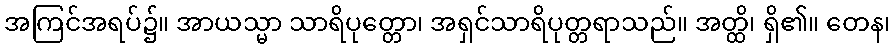
အကြင်အရပ်၌။ အာယသ္မာ သာရိပုတ္တော၊ အရှင်သာရိပုတ္တရာသည်။ အတ္ထိ၊ ရှိ၏။ တေန၊